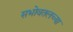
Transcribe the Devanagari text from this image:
सभोवतलच्या